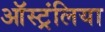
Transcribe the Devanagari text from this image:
ऑस्ट्रंलिया